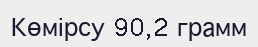
Көмірсу 90,2 грамм